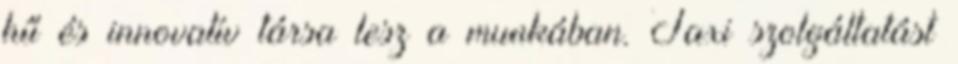
hű és innovatív társa lesz a munkában. Taxi szolgáltatást